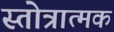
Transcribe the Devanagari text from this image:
स्तोत्रात्मक